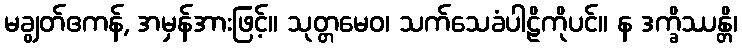
မချွတ်ဧကန်, အမှန်အားဖြင့်။ သုတ္တမေဝ၊ သက်သေခံပါဠိကိုပင်။ န ဒက္ခိဿန္တိ၊